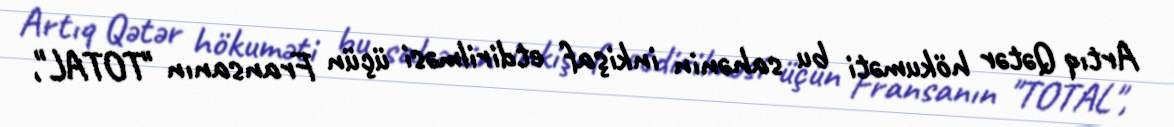
Artıq Qətər hökuməti bu sahənin inkişaf etdirilməsi üçün Fransanın "TOTAL",